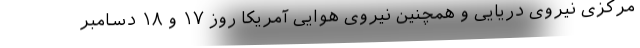
مرکزی نیروی دریایی و همچنین نیروی هوایی آمریکا روز ۱۷ و ۱۸ دسامبر